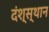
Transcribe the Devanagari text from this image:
दंश्स्थान